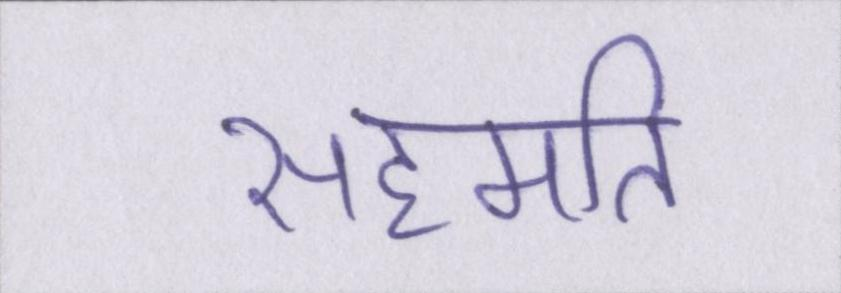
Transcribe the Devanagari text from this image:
सहमति